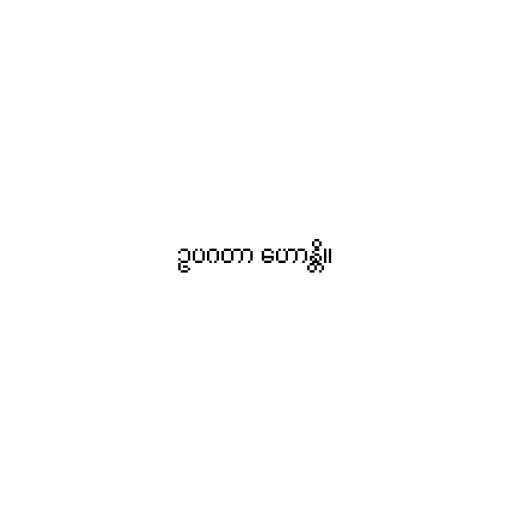
ဥပဂတာ ဟောန္တိ။